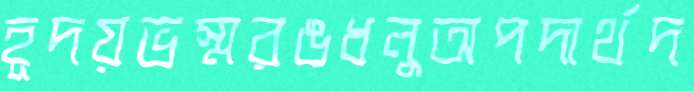
হূদয়ভস্মরঙধনুঅপদার্থদ